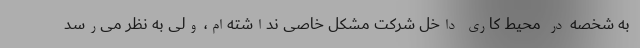
به شخصه در محیط کاری داخل شرکت مشکل خاصی نداشته‌ام، ولی به نظر می‌رسد